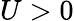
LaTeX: U>0